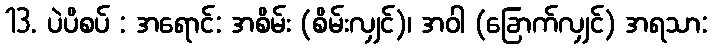
13. ပဲပိစပ် : အရောင်: အစိမ်း (စိမ်းလျှင်)၊ အဝါ (ခြောက်လျှင်) အရသာ: